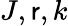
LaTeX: J,\mathsf{r},k